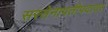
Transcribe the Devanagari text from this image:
सरसेनापतीपदावर